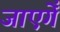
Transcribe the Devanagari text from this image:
जाएगेँ